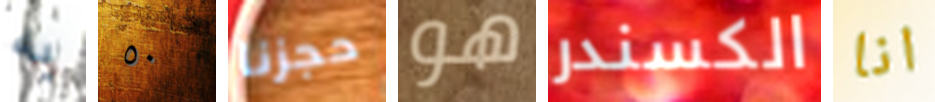
به ٥٠ حجزنا هو الكسندر انا